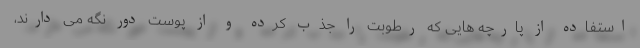
استفاده از پارچه هایی که رطوبت را جذب کرده و از پوست دور نگه می دارند،